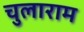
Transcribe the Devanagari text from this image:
चुलाराम